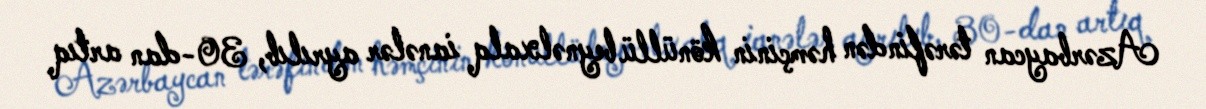
Azərbaycan tərəfindən həmçinin könüllü beynəlxalq ianələr ayrılıb, 30-dan artıq